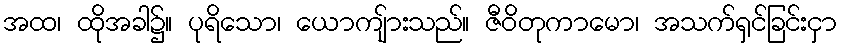
အထ၊ ထိုအခါ၌။ ပုရိသော၊ ယောကျ်ားသည်။ ဇီဝိတုကာမော၊ အသက်ရှင်ခြင်းငှာ